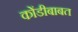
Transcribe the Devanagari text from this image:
कोंडीबाबत